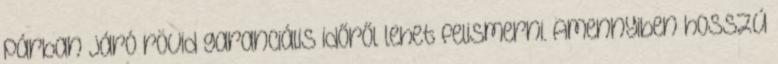
párban járó rövid garanciális időről lehet felismerni. Amennyiben hosszú